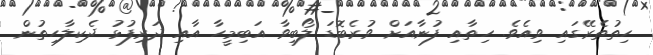
ހިތުތެރޭގައި ވިއެވެ. ހިތާއި ފުނާއަށް ވުރެބޮޑަ ލޯބިވާ އަބިމީހާ އާއި ދަރިފުޅު ދެކިލާހިތުން